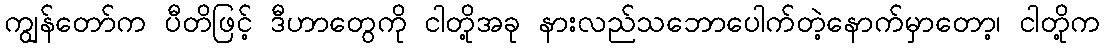
ကျွန်တော်က ပီတိဖြင့် ဒီဟာတွေကို ငါတို့အခု နားလည်သဘောပေါက်တဲ့နောက်မှာတော့၊ ငါတို့က